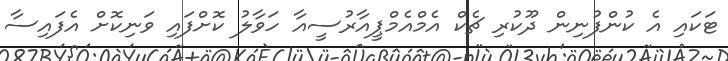
ޓަކައި އެ ކުންފުނިން ދޫކުރި ޗެކް އެމްއެމްޕީއާރުސީއާ ހަވާލު ކޮށްފައި ވަނިކޮށް އެފައިސާ